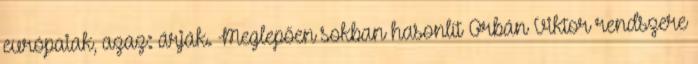
európaiak, azaz: árják. Meglepően sokban hasonlít Orbán Viktor rendszere